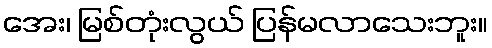
အေး၊ မြစ်တုံးလွယ် ပြန်မလာသေးဘူး။